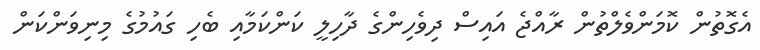
އެގޮތުން ކޮމަންވެލްތުން ރާއްޖެ އައިސް ދިވެހިންގެ ދާހިލީ ކަންކަމާއި ބެހި ގައުމުގެ މިނިވަންކަން